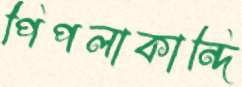
পিপলাকান্দি